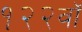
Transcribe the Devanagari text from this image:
१२२वॉ